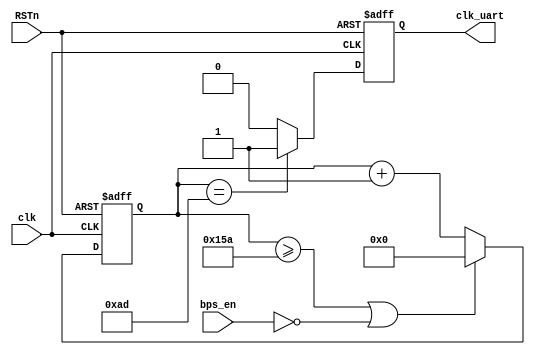

module clkuart_pwm #(parameter BPS_PARA = 347)
                    (input bps_en,
                     input clk,
                     input RSTn,
                     output reg clk_uart);
    
    reg	[12:0] cnt = 0;
    
    always @ (posedge clk or negedge RSTn) begin
        if (~RSTn) cnt <= 13'b0;
        else if ((cnt >= BPS_PARA-1)||(!bps_en)) cnt <= 13'b0;
        else cnt <= cnt + 1'b1;
    end
    
    always @ (posedge clk or negedge RSTn) begin
        if (~RSTn) clk_uart <= 1'b0;
        else if (cnt == (BPS_PARA>>1)) clk_uart <= 1'b1;
        else clk_uart <= 1'b0;
    end
    
endmodule